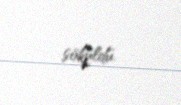
söküldü.